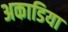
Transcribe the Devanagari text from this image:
अकाडिया